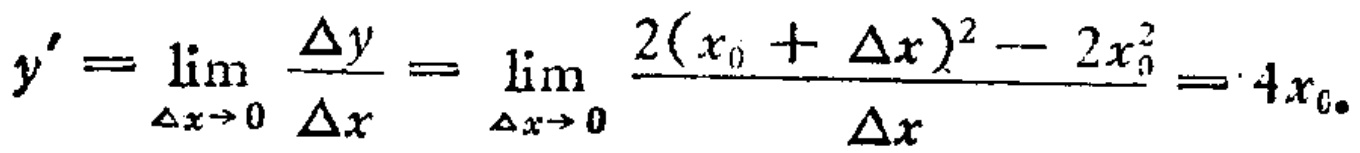
\[y^{\prime}=\lim_{\Delta x\rightarrow 0}\frac{\Delta y}{\Delta x}=\lim_{\Delta x\rightarrow 0}\frac{2(x_{0}+\Delta x)^{2}-2x_{0}^{2}}{\Delta x}=4x_{0}.\]